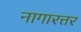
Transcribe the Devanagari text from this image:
नागारत्तर